Inquiry into the circumstances attending an outbreak of cholera in H. M.'s 18th Hussars at Secunderabad in the month of May
Year: 1871
Disease focus: Cholera
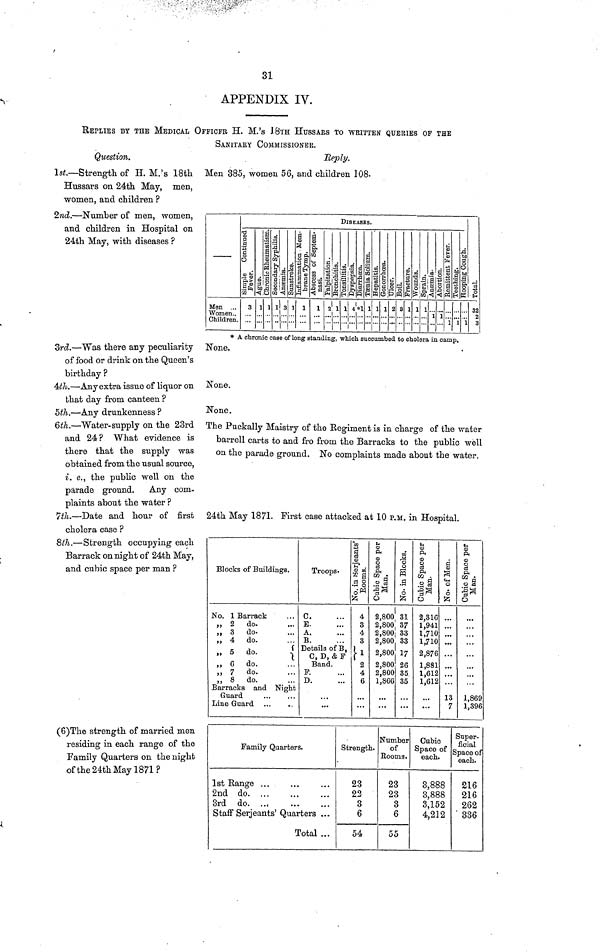
31
APPENDIX IV.
REPLIES BY THE MEDICAL OFFICFR H. M.'s 18TH HUSSARS TO WRITTEN QUERIES OF THE
SANITARY COMMISSIONER.
Question.
1st.—Strength of H. M.'s 18th
Hussars on 24th May, men,
women, and children ?
2nd.—Number of men, women,
and children in Hospital on
24th May, with diseases ?
2rd.—"Was there any peculiarity
of food or drink on the Queen's
birthday ?
4th.—Any extra issue of liquor on
that day from canteen ?
5th.—Any drunkenness ?
6th.—Water-supply on the 23rd
and 24? What evidence is
there that the supply was
obtained from the usual source,
i. e., the public well on the
parade ground. Any com-
plaints about the water ?
7th.—Date and hour of first
cholera case ?
8th.—Strength occupying each
Barrack on night of 24th May,
and cubic space per man ?
(6)The strength of married men
residing in each range of the
Family Quarters on the night
of the 24th May 1871?
Reply.
Men 385, women 56, and children 108.
Men
Women
Children
DISEASES.
Simple
Continued
Fever
3
Ague
1
Chronic
Rheumatism.
1
Scondary
Sphills.
1
Anaemia.
3
1
Sunstroks.
1
Inflammation
Alembrane
Tymp.
1
Abscess of
Septemnasi.
1
Palpitstion.
2
Bronchitis.
1
Tonsillitis.
1
Dyspepsia.
4
Diarrhoen.
*1
Tsenia Sofium.
1
Bepatitis.
1
Gonorrhoea.
1
Ulcer.
2
Boil.
3
Fractnrs.
1
Wounds.
1
Sprain.
1
Ansemla.
1
Abortion.
1
Remittent If
ever
1
Teething.
1
Hooping
Cough.
1
Total.
32
2
3
* A chronic case of long standing, which succumbed to cholera in camp.
None.
None.
None.
The Puckally Maistry of the Regiment is in charge of the water
barrell carts to and fro from the Barracks to the public well
on the parade ground. No complaints made about the water.
24th May 1871. First case attacked at 10 P.M. in Hospital.
Blocks of Buildings.
No. 1 Barrack
2 do.
3 do.
4 do.
5 do.
6 do.
7 do.
8 do.
Barracks and Night
Guard
Line Guard
Troops.
C.
E.
A.
B.
{Details of B,}
C, D, & F
Band.
F.
D.
1
No. in Berjeants
Rooms.
4
3
4
3
1
2
4
6
Cubic
Space
per
Man.
2,800
2,800
2,800
2,800
2,800
2,800
2,800
1,866
No.
in
Blocks.
31
37
33
33
17
26
35
35
Cubic
Space
per
Man.
2,316
1,941
1,710
1,710
2,876
1,881
1,612
1,612
No.
of
Men.
13
7
Cubic
Space
per
Man.
1,869
1,396
Family Quarters.
1st Range
2nd
do.
3rd do.
Staff Serjeants' Quarters
Total
Strength.
23
22
3
6
54
Number
of
Rooms.
23
23
3
6
55
Cubic
Space of
each.
3,888
3,888
3,152
4,212
Super-
ficial
Space of
each.
216
216
262
336